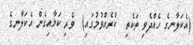
(އެކަލާނގެ ހެއްދެވި ތަކެތި  ކުރެއްވުމުގައި)  ވެރި ކަމާއިގެން އެކަލާނގެ